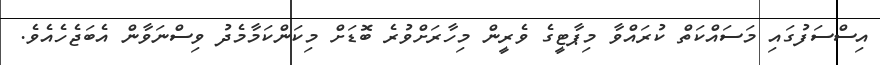
އިސްސަފުގައި މަސައްކަތް ކުރައްވާ މިޕާޓީގެ ވެރީން މިހާރަށްވުރެ ބޮޑަށް މިކަންކަމާމެދު ވިސްނަވާން އެބަޖެހެއެވެ.